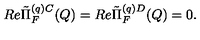
R e \tilde { \Pi } _ { F } ^ { ( q ) C } ( Q ) = R e \tilde { \Pi } _ { F } ^ { ( q ) D } ( Q ) = 0 .